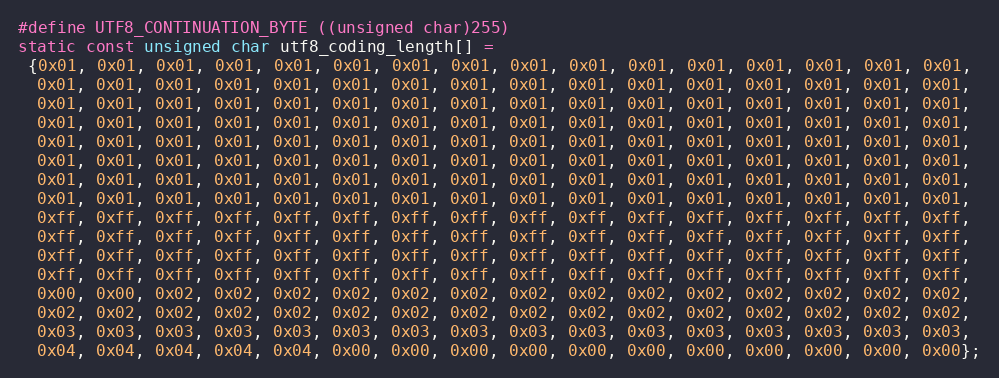
Language: C
#define UTF8_CONTINUATION_BYTE ((unsigned char)255)
static const unsigned char utf8_coding_length[] =
 {0x01, 0x01, 0x01, 0x01, 0x01, 0x01, 0x01, 0x01, 0x01, 0x01, 0x01, 0x01, 0x01, 0x01, 0x01, 0x01,
  0x01, 0x01, 0x01, 0x01, 0x01, 0x01, 0x01, 0x01, 0x01, 0x01, 0x01, 0x01, 0x01, 0x01, 0x01, 0x01,
  0x01, 0x01, 0x01, 0x01, 0x01, 0x01, 0x01, 0x01, 0x01, 0x01, 0x01, 0x01, 0x01, 0x01, 0x01, 0x01,
  0x01, 0x01, 0x01, 0x01, 0x01, 0x01, 0x01, 0x01, 0x01, 0x01, 0x01, 0x01, 0x01, 0x01, 0x01, 0x01,
  0x01, 0x01, 0x01, 0x01, 0x01, 0x01, 0x01, 0x01, 0x01, 0x01, 0x01, 0x01, 0x01, 0x01, 0x01, 0x01,
  0x01, 0x01, 0x01, 0x01, 0x01, 0x01, 0x01, 0x01, 0x01, 0x01, 0x01, 0x01, 0x01, 0x01, 0x01, 0x01,
  0x01, 0x01, 0x01, 0x01, 0x01, 0x01, 0x01, 0x01, 0x01, 0x01, 0x01, 0x01, 0x01, 0x01, 0x01, 0x01,
  0x01, 0x01, 0x01, 0x01, 0x01, 0x01, 0x01, 0x01, 0x01, 0x01, 0x01, 0x01, 0x01, 0x01, 0x01, 0x01,
  0xff, 0xff, 0xff, 0xff, 0xff, 0xff, 0xff, 0xff, 0xff, 0xff, 0xff, 0xff, 0xff, 0xff, 0xff, 0xff,
  0xff, 0xff, 0xff, 0xff, 0xff, 0xff, 0xff, 0xff, 0xff, 0xff, 0xff, 0xff, 0xff, 0xff, 0xff, 0xff,
  0xff, 0xff, 0xff, 0xff, 0xff, 0xff, 0xff, 0xff, 0xff, 0xff, 0xff, 0xff, 0xff, 0xff, 0xff, 0xff,
  0xff, 0xff, 0xff, 0xff, 0xff, 0xff, 0xff, 0xff, 0xff, 0xff, 0xff, 0xff, 0xff, 0xff, 0xff, 0xff,
  0x00, 0x00, 0x02, 0x02, 0x02, 0x02, 0x02, 0x02, 0x02, 0x02, 0x02, 0x02, 0x02, 0x02, 0x02, 0x02,
  0x02, 0x02, 0x02, 0x02, 0x02, 0x02, 0x02, 0x02, 0x02, 0x02, 0x02, 0x02, 0x02, 0x02, 0x02, 0x02,
  0x03, 0x03, 0x03, 0x03, 0x03, 0x03, 0x03, 0x03, 0x03, 0x03, 0x03, 0x03, 0x03, 0x03, 0x03, 0x03,
  0x04, 0x04, 0x04, 0x04, 0x04, 0x00, 0x00, 0x00, 0x00, 0x00, 0x00, 0x00, 0x00, 0x00, 0x00, 0x00};